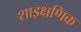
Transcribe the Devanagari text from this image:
शाइक्षणिक